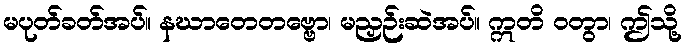
မပုတ်ခတ်အပ်။ နဃာတေတဗ္ဗော၊ မညှဉ်းဆဲအပ်။ ဣတိ ဝတွာ၊ ဤသို့